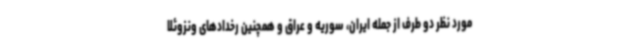
مورد نظر دو طرف از جمله ایران، سوریه و عراق و همچنین رخدادهای ونزوئلا